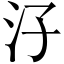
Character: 汓